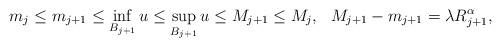
LaTeX: \begin{align*}m_{j} \leq m_{j+1} \leq \displaystyle\inf_{B_{j+1}} u \leq \displaystyle\sup_{B_{j+1}} u \leq M_{j+1} \leq M_{j}, \ \ M_{j+1} -m_{j+1} = \lambda R_{j+1}^{\alpha},\end{align*}